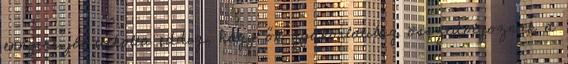
ennyire jól titkolta eddig, hogy ők gyakorlatilag összedolgoznak a